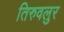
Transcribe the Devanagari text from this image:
तिरुवलुर